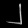
Digit: ၂